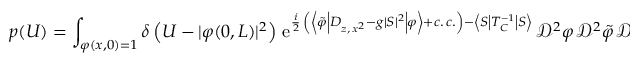
p ( U ) = \int _ { \varphi ( x , 0 ) = 1 } \delta \left( U - \vert \varphi ( 0 , L ) \vert ^ { 2 } \right) \, \mathrm { e } ^ { \frac { i } { 2 } \, \left( \left\langle \tilde { \varphi } \left\vert D _ { z , \, x ^ { 2 } } - g \vert S \vert ^ { 2 } \right\vert \varphi \right\rangle + c . \, c . \right) - \left\langle S \left\vert T _ { C } ^ { - 1 } \right\vert S \right\rangle } \, \mathscr { D } ^ { 2 } \varphi \, \mathscr { D } ^ { 2 } \tilde { \varphi } \, \mathscr { D } ^ { 2 } S ,